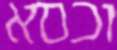
וכסא